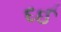
દઈ